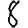
Digit: 8